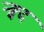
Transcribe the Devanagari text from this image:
न्क्व्द